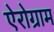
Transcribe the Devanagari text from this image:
ऐरोग्राम